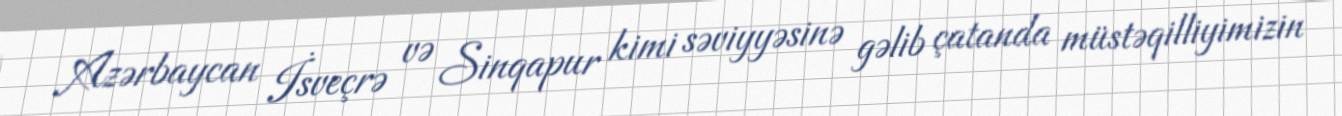
Azərbaycan İsveçrə və Sinqapur kimi səviyyəsinə gəlib çatanda müstəqilliyimizin